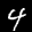
Label: 4